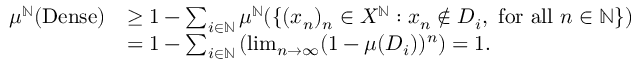
\begin{array} { r l } { \mu ^ { \mathbb { N } } ( \mathrm { D e n s e } ) } & { \geq 1 - \sum _ { i \in \mathbb { N } } \mu ^ { \mathbb { N } } ( \{ ( x _ { n } ) _ { n } \in X ^ { \mathbb { N } } : x _ { n } \not \in D _ { i } , \mathrm { ~ f o r ~ a l l ~ } n \in \mathbb { N } \} ) } \\ & { = 1 - \sum _ { i \in \mathbb { N } } \left( \operatorname* { l i m } _ { n \to \infty } ( 1 - \mu ( D _ { i } ) ) ^ { n } \right) = 1 . } \end{array}